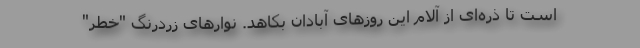
است تا ذره‌ای از آلام این روزهای آبادان بکاهد. نوارهای زردرنگ "خطر"